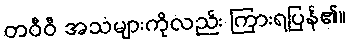
တဝီဝီ အသံများကိုလည်း ကြားရပြန်၏။